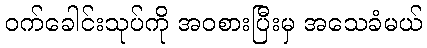
ဝက်ခေါင်းသုပ်ကို အဝစားပြီးမှ အသေခံမယ်